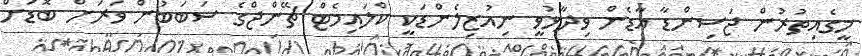
މީގެއިތުރުން ޖަސިންޑާ އާޑެން ވިދާޅުވީ ނިއުޒިލެންޑަކީ ކްލައިމެޓް ޗޭންޖްގެ ސަބަބުން ވަރަށް ބޮޑަށް